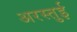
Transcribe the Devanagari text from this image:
अरस्तुई